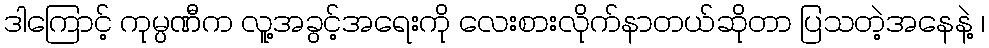
ဒါကြောင့် ကုမ္ပဏီက လူ့အခွင့်အရေးကို လေးစားလိုက်နာတယ်ဆိုတာ ပြသတဲ့အနေနဲ့ ၊